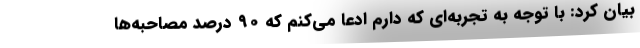
بیان کرد: با توجه به تجربه‌ای که دارم ادعا می‌کنم که ۹۰ درصد مصاحبه‌ها